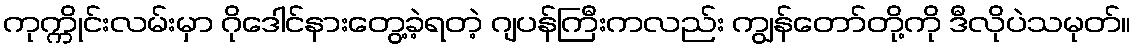
ကုက္ကိုင်းလမ်းမှာ ဂိုဒေါင်နားတွေ့ခဲ့ရတဲ့ ဂျပန်ကြီးကလည်း ကျွန်တော်တို့ကို ဒီလိုပဲသမုတ်။